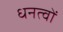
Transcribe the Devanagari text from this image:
धनत्वों